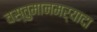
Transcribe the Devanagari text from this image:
वस्तुमानमर्यादा